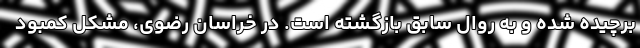
برچیده شده و به روال سابق بازگشته است. در خراسان رضوی، مشکل کمبود